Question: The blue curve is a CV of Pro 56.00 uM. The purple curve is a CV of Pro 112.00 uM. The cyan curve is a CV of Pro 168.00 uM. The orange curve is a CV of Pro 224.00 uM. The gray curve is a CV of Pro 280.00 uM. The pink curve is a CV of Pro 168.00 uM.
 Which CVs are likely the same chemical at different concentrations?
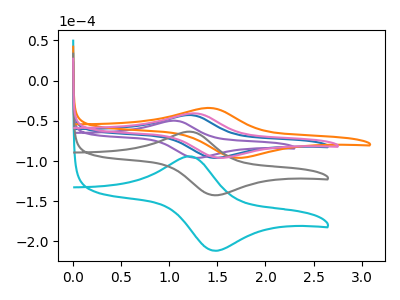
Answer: <think>The blue curve "Pro 56.00 uM" has an anodic peak at (1.20V, -42.75uA) and a cathodic peak at (1.45V, -96.05uA). The purple curve "Pro 112.00 uM" has an anodic peak at (1.05V, -49.80uA) and a cathodic peak at (1.30V, -96.05uA). The cyan curve "Pro 168.00 uM" has an anodic peak at (1.20V, -126.95uA) and a cathodic peak at (1.45V, -285.05uA). The orange curve "Pro 224.00 uM" has an anodic peak at (1.40V, -33.95uA) and a cathodic peak at (1.70V, -96.05uA). The gray curve "Pro 280.00 uM" has an anodic peak at (1.20V, -63.45uA) and a cathodic peak at (1.45V, -142.50uA). The pink curve "Pro 168.00 uM" has an anodic peak at (1.25V, -40.65uA) and a cathodic peak at (1.55V, -96.05uA).
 "Pro 56.00 uM" and "Pro 112.00 uM" have at least one peak that do not match. All the peaks in "Pro 56.00 uM" have a peak in "Pro 168.00 uM" at the same potential. "Pro 56.00 uM" and "Pro 224.00 uM" have at least one peak that do not match. All the peaks in "Pro 56.00 uM" have a peak in "Pro 280.00 uM" at the same potential. All the peaks in "Pro 56.00 uM" have a peak in "Pro 168.00 uM" at the same potential. "Pro 112.00 uM" and "Pro 168.00 uM" have at least one peak that do not match. "Pro 112.00 uM" and "Pro 224.00 uM" have at least one peak that do not match. "Pro 112.00 uM" and "Pro 280.00 uM" have at least one peak that do not match. "Pro 112.00 uM" and "Pro 168.00 uM" have at least one peak that do not match. "Pro 168.00 uM" and "Pro 224.00 uM" have at least one peak that do not match. All the peaks in "Pro 168.00 uM" have a peak in "Pro 280.00 uM" at the same potential. All the peaks in "Pro 168.00 uM" have a peak in "Pro 168.00 uM" at the same potential. "Pro 224.00 uM" and "Pro 280.00 uM" have at least one peak that do not match. "Pro 224.00 uM" and "Pro 168.00 uM" have at least one peak that do not match. All the peaks in "Pro 280.00 uM" have a peak in "Pro 168.00 uM" at the same potential.</think>
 <answer>"Pro 56.00 uM", "Pro 168.00 uM", "Pro 280.00 uM" and "Pro 168.00 uM" have the same shape and are likely CV's of the same chemical.</answer>
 <eval>"Pro 56.00 uM" "Pro 168.00 uM" "Pro 280.00 uM" "Pro 168.00 uM"</eval>